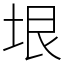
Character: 垠